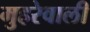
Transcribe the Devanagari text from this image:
मुहरेवाली